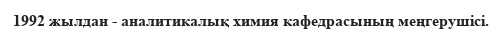
1992 жылдан - аналитикалық химия кафедрасының меңгерушісі.